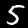
Label: 5